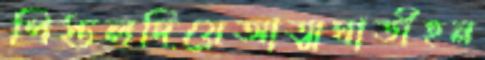
পিস্তলদিয়েআত্মঘাতীহন